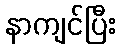
နာကျင်ပြီး